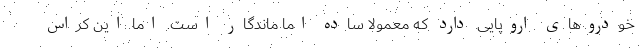
خودروهای اروپایی دارد که معمولا ساده اما ماندگار است. اما این کراس